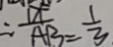
\therefore \frac { D F } { A B } = \frac { 1 } { 3 }